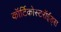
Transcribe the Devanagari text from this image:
कॉर्टिकोस्टरॉईड्स